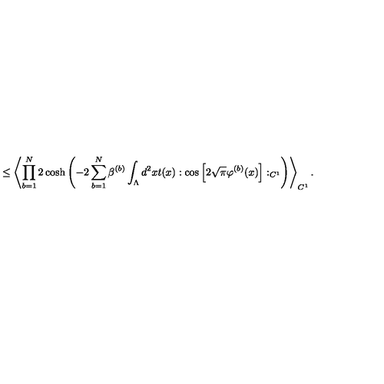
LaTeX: \leq \left\langle \prod _ { b = 1 } ^ { N } 2 \cosh \left( - 2 \sum _ { b = 1 } ^ { N } \beta ^ { ( b ) } \int _ { \Lambda } d ^ { 2 } x t ( x ) : \cos \Big [ 2 \sqrt { \pi } \varphi ^ { ( b ) } ( x ) \Big ] : _ { C ^ { 1 } } \right) \right\rangle _ { C ^ { 1 } } .